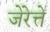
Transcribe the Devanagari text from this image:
जेंरेत्ते